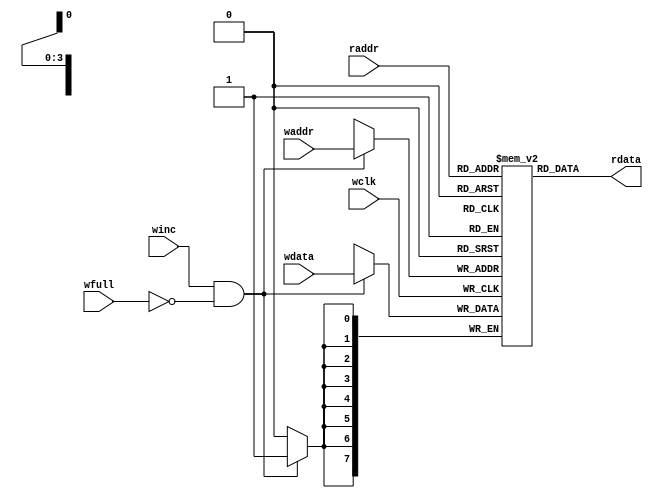
module async_fifo_mem
   
(
  input   winc, wfull, wclk,
  input   [$clog2(DEPTH)-1:0] waddr, raddr,
  input   [D_WIDTH-1:0] wdata,
  output  [D_WIDTH-1:0] rdata
);

parameter D_WIDTH = 8,DEPTH = 16 ; // Number of mem address bits

  // RTL Verilog memory model
  // localparam DEPTH = 1<<$clog2(DEPTH);//2*addsize

  reg [D_WIDTH-1:0] mem [DEPTH-1:0];
  
  //feed_through read 
  assign rdata = mem[raddr];

  //write only if the mem is not full and write is enabled which are ips
  always @(posedge wclk)
    if (winc && !wfull)
      mem[waddr] <= wdata;

endmodule